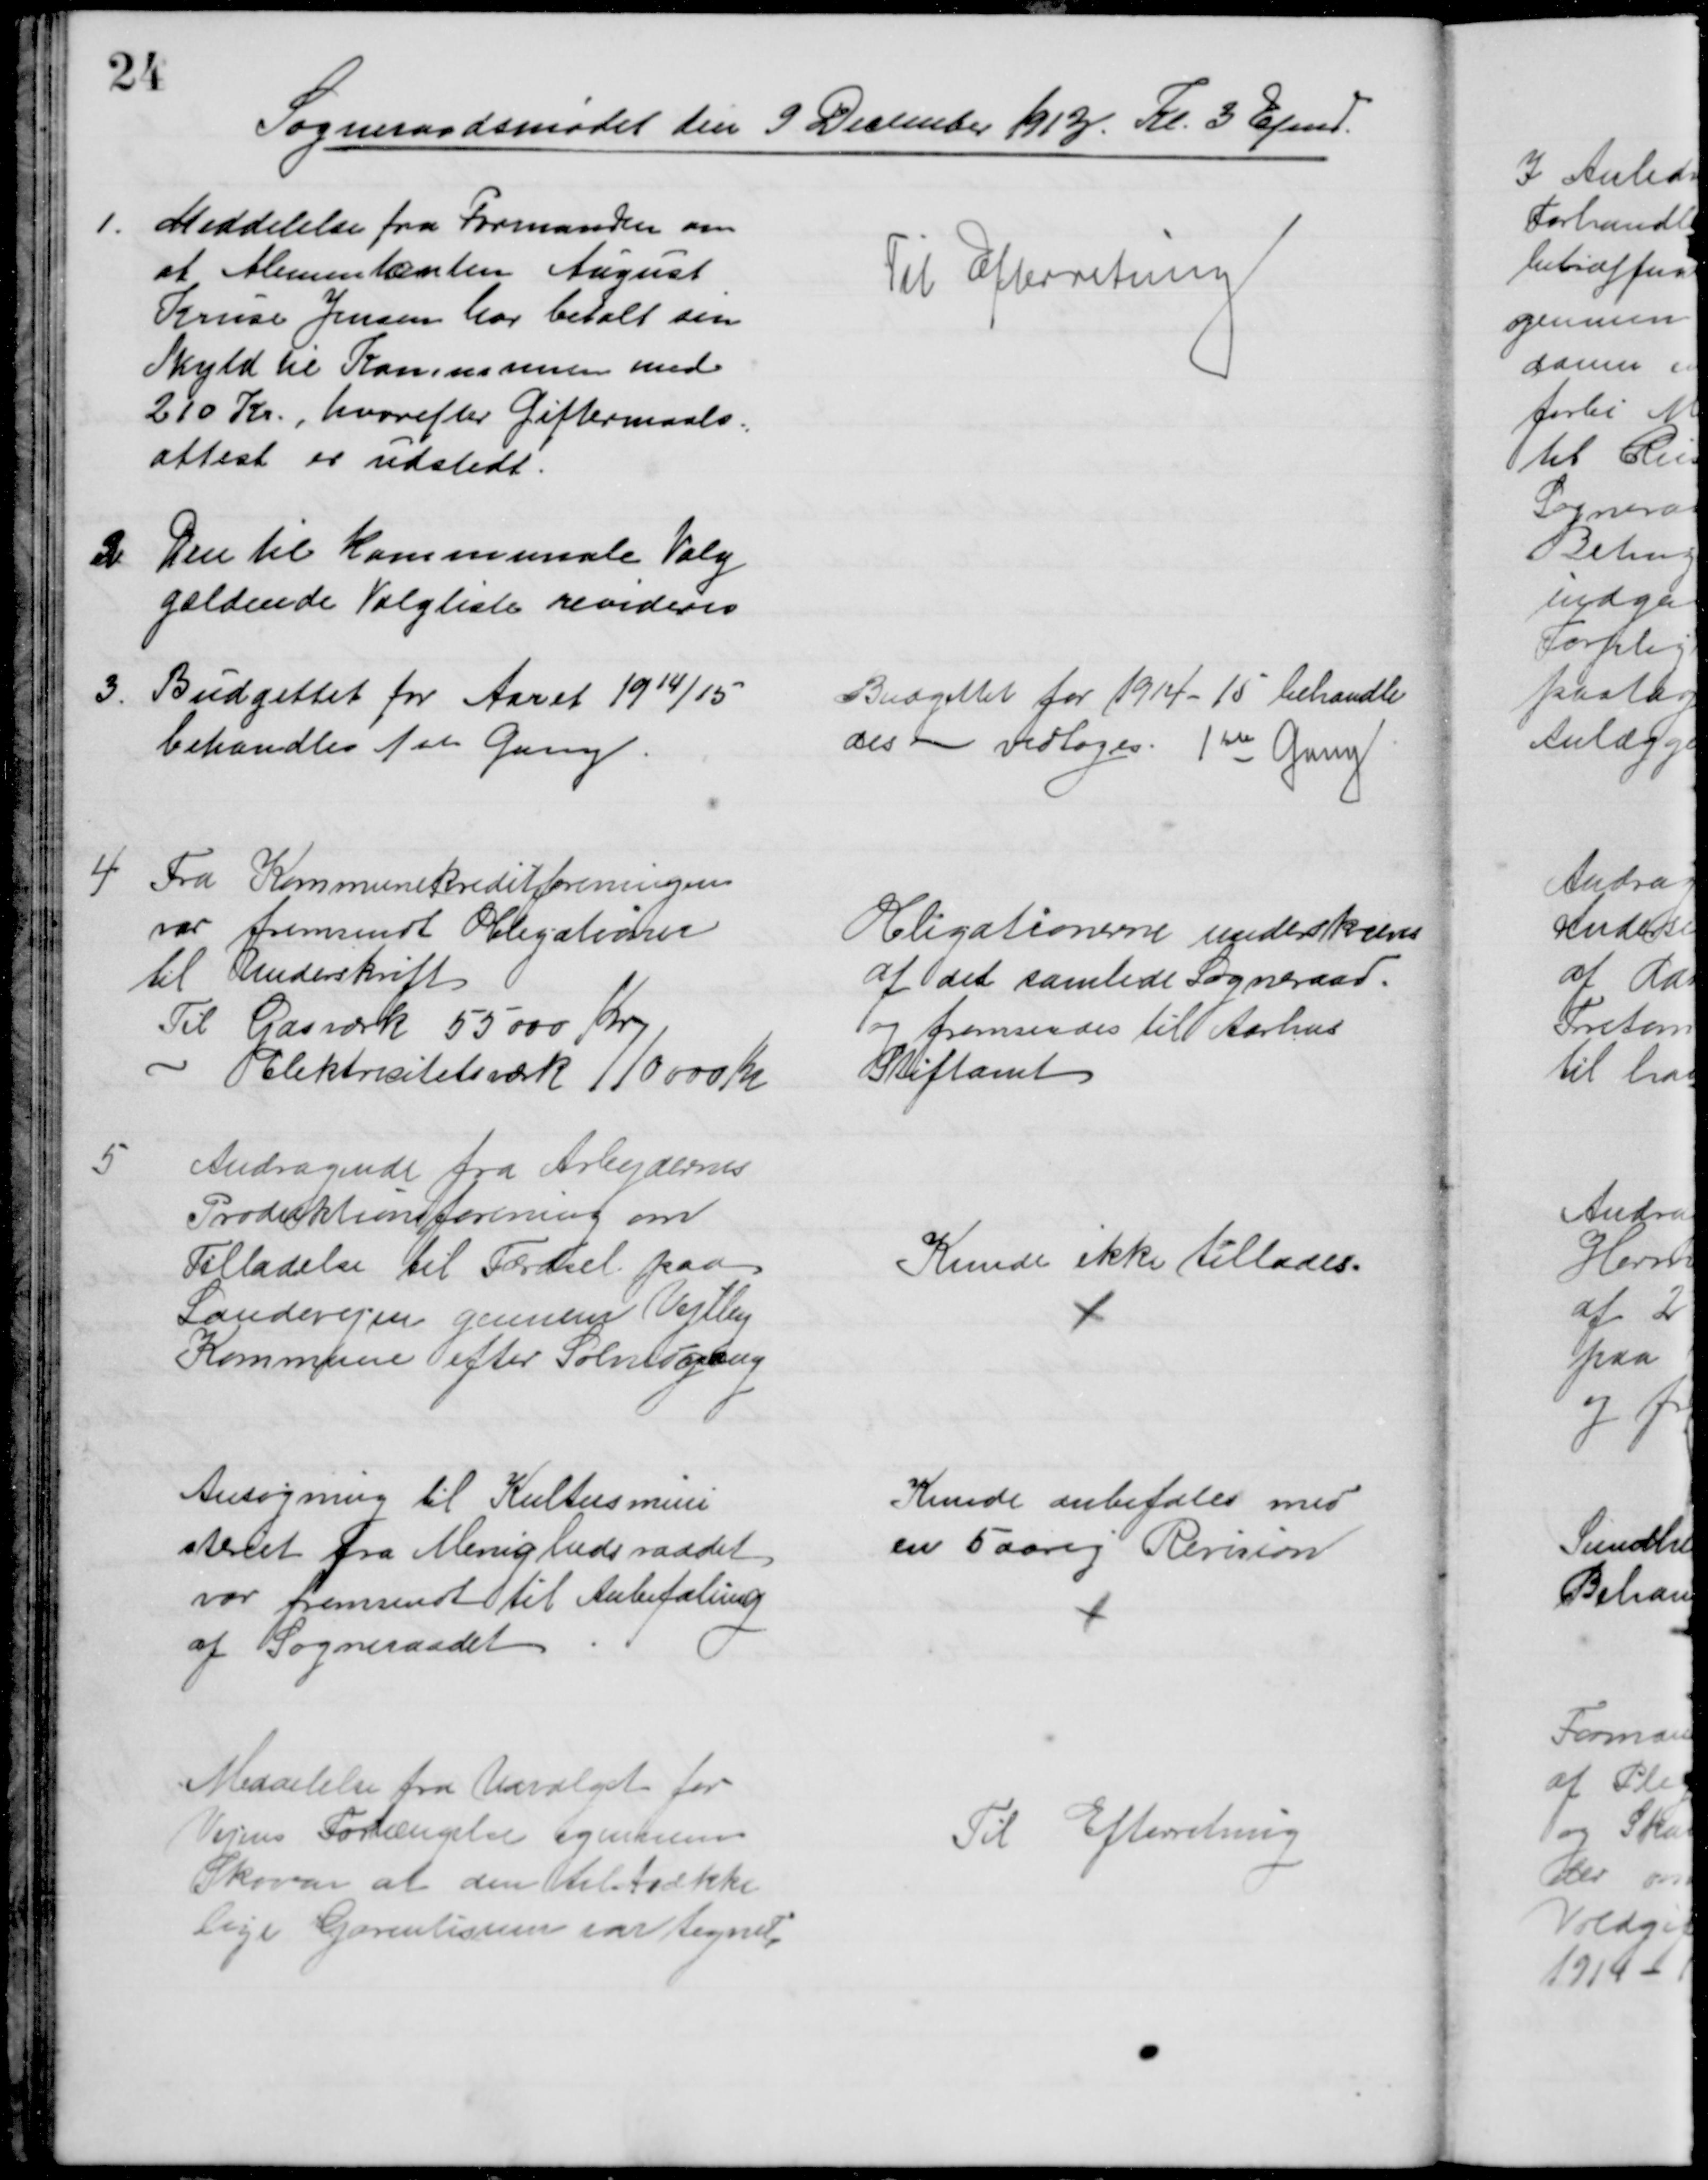
Transskription:
Sogneraadsmødet den 9 December 1913. Kl. 3 Efmd.
1.
Meddelelse fra Formanden om 
at Alimentanten August
Kruse Jensen har betalt sin
Skyld til Kommunen med
210 Kr., hvorefter Giftermaals=
attest er udstedt.
Til Efterretning
2
Den til kommunale Valg
gældende Valgliste revideres
3.
Budgettet for Aaret 1914/15
behandles 1ste Gang.
Budgettet for 1914-15 behandle
des - vedtoges 1ste Gang
4 Fra Kommunekreditforeningen
var fremsendt Obligationer
til Underskrift
Til Gasværk 55000 Kr
Elektricitetsværk 110000 Kr
Obligationerne underskreves
af det samlede Sogneraad.
og fremsendes til Aarhus 
Stiftamt
5
Andragende fra Arbejdernes
Produktionsforening om
Tilladelse til Færdsel paa
Landevejen gennem Vejlby
Kommune efter Solnedgang
Kunde ikke tillades.
Ansøgning til Kultusmini
steret fra Menighedsraadet,
var fremsendt til Anbefaling
af Sogneraadet
Kunde anbefales med
en 5 aarig Revision
Meddelelse fra Udvalget for
Vejens Forlængelse igennem
Skoven at den tilstrække-
lige Garantisum var tegnet.
Til Efterretning